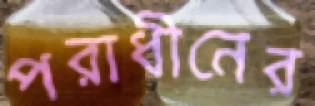
পরাধীনের